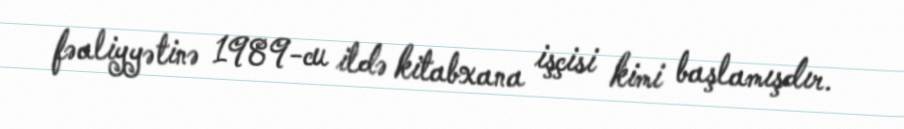
fəaliyyətinə 1989-cu ildə kitabxana işçisi kimi başlamışdır.